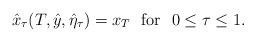
LaTeX: \begin{align*}\hat x_\tau(T,\hat y, \hat\eta_\tau)=x_T\ \ \mbox{for}\ \ 0\leq \tau\leq 1.\end{align*}